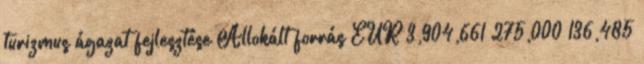
turizmus ágazat fejlesztése Allokált forrás EUR 3,904,661 275,000 136,485